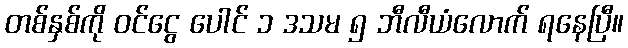
တစ်နှစ်ကို ဝင်ငွေ ပေါင် ၁ ဒသမ ၅ ဘီလီယံလောက် ရနေပြီ။